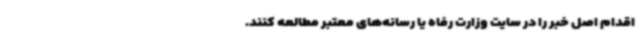
اقدام اصل خبر را در سایت‌ وزارت رفاه یا رسانه‌های معتبر مطالعه کنند.